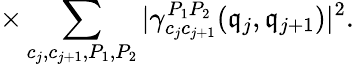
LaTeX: \times\sum_{c_{j},c_{j+1},{P_{1},P_{2}}}|\gamma_{c_{j}c_{j+1}}^{P_{1}P_{2}}(\mathfrak{q}_{j},\mathfrak{q}_{j+1})|^{2}.